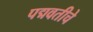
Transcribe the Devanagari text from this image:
पद्मवतीचे